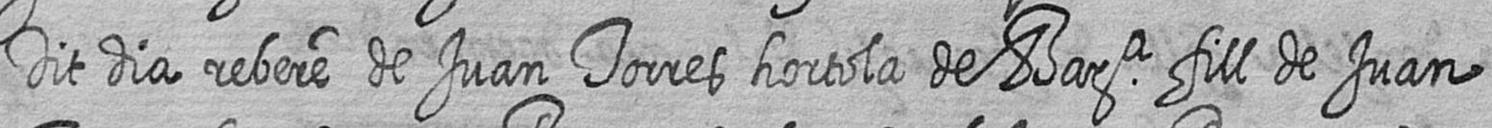
Dit dia rebere de Juan Torres hortola de Bara fill de Juan